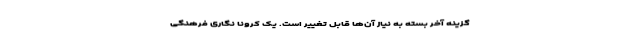
گزینه آخر بسته به نیاز آن‌ها قابل تغییر است. یک کرونا نگاری فرهنگی